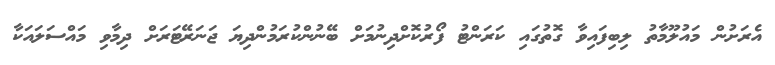
އެރަށުން މައުލޫމާތު ލިބިފައިވާ ގޮތުގައި ކަރަންޓު ފޯރުކޮށްދިނުމަށް ބޭނުންކުރަމުންދިޔަ ޖަނަރޭޓަރަށް ދިމާވި މައްސަލައަކާ